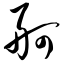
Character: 舸